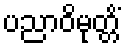
ပညာဝိမုတ္တိံ